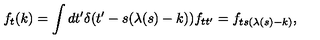
f _ { t } ( k ) = \int d t ^ { \prime } \delta ( t ^ { \prime } - s ( \lambda ( s ) - k ) ) f _ { t t ^ { \prime } } = f _ { t s ( \lambda ( s ) - k ) } ,